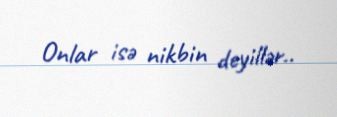
Onlar isə nikbin deyillər..